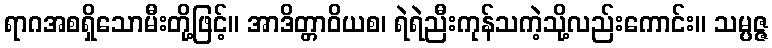
ရာဂအစရှိသောမီးတို့ဖြင့်။ အာဒိတ္တာဝိယစ၊ ရဲရဲညီးကုန်သကဲ့သို့လည်းကောင်း။ သမ္ပဇ္ဇ